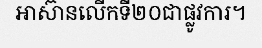
អាស៊ានលើកទី២០ជាផ្លូវការ។